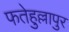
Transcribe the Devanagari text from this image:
फतेहुल्लापुर